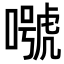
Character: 𡀱